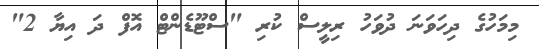
މިމަހުގެ ދިހަވަނަ ދުވަހު ރިލީސް ކުރި "ސްޓޫޑެންޓް އޮފް ދަ އިޔާ 2"